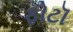
ફોટૉ